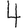
Digit: 4